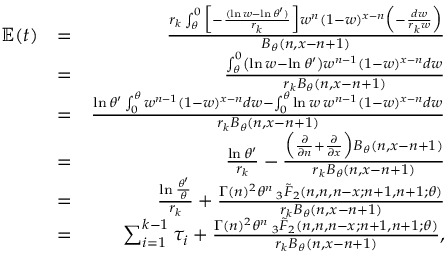
\begin{array} { r l r } { \mathbb { E } ( t ) } & { = } & { \frac { r _ { k } \int _ { \theta } ^ { 0 } \Big [ - \frac { ( \ln w - \ln \theta ^ { \prime } ) } { r _ { k } } \Big ] w ^ { n } ( 1 - w ) ^ { x - n } \Big ( - \frac { d w } { r _ { k } w } \Big ) } { B _ { \theta } ( n , x - n + 1 ) } } \\ & { = } & { \frac { \int _ { \theta } ^ { 0 } \left( \ln w - \ln \theta ^ { \prime } \right) w ^ { n - 1 } ( 1 - w ) ^ { x - n } d w } { r _ { k } B _ { \theta } ( n , x - n + 1 ) } } \\ & { = } & { \frac { \ln \theta ^ { \prime } \int _ { 0 } ^ { \theta } w ^ { n - 1 } ( 1 - w ) ^ { x - n } d w - \int _ { 0 } ^ { \theta } \ln w \: w ^ { n - 1 } ( 1 - w ) ^ { x - n } d w } { r _ { k } B _ { \theta } ( n , x - n + 1 ) } } \\ & { = } & { \frac { \ln \theta ^ { \prime } } { r _ { k } } - \frac { \Big ( \frac { \partial } { \partial n } + \frac { \partial } { \partial x } \Big ) B _ { \theta } ( n , x - n + 1 ) } { r _ { k } B _ { \theta } ( n , x - n + 1 ) } } \\ & { = } & { \frac { \ln \frac { \theta ^ { \prime } } { \theta } } { r _ { k } } + \frac { \Gamma ( n ) ^ { 2 } { \theta } ^ { n } \: _ { 3 } \tilde { F } _ { 2 } ( n , n , n - x ; n + 1 , n + 1 ; \theta ) } { r _ { k } B _ { \theta } ( n , x - n + 1 ) } } \\ & { = } & { \sum _ { i = 1 } ^ { k - 1 } \tau _ { i } + \frac { \Gamma ( n ) ^ { 2 } { \theta } ^ { n } \: _ { 3 } \tilde { F } _ { 2 } ( n , n , n - x ; n + 1 , n + 1 ; \theta ) } { r _ { k } B _ { \theta } ( n , x - n + 1 ) } , } \end{array}